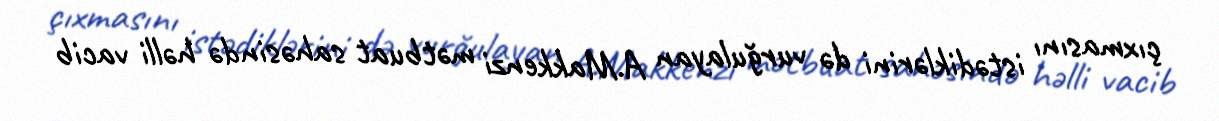
çıxmasını istədiklərini də vurğulayan A.Makkenzi mətbuat sahəsində həlli vacib